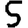
Digit: 5